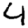
Digit: 4